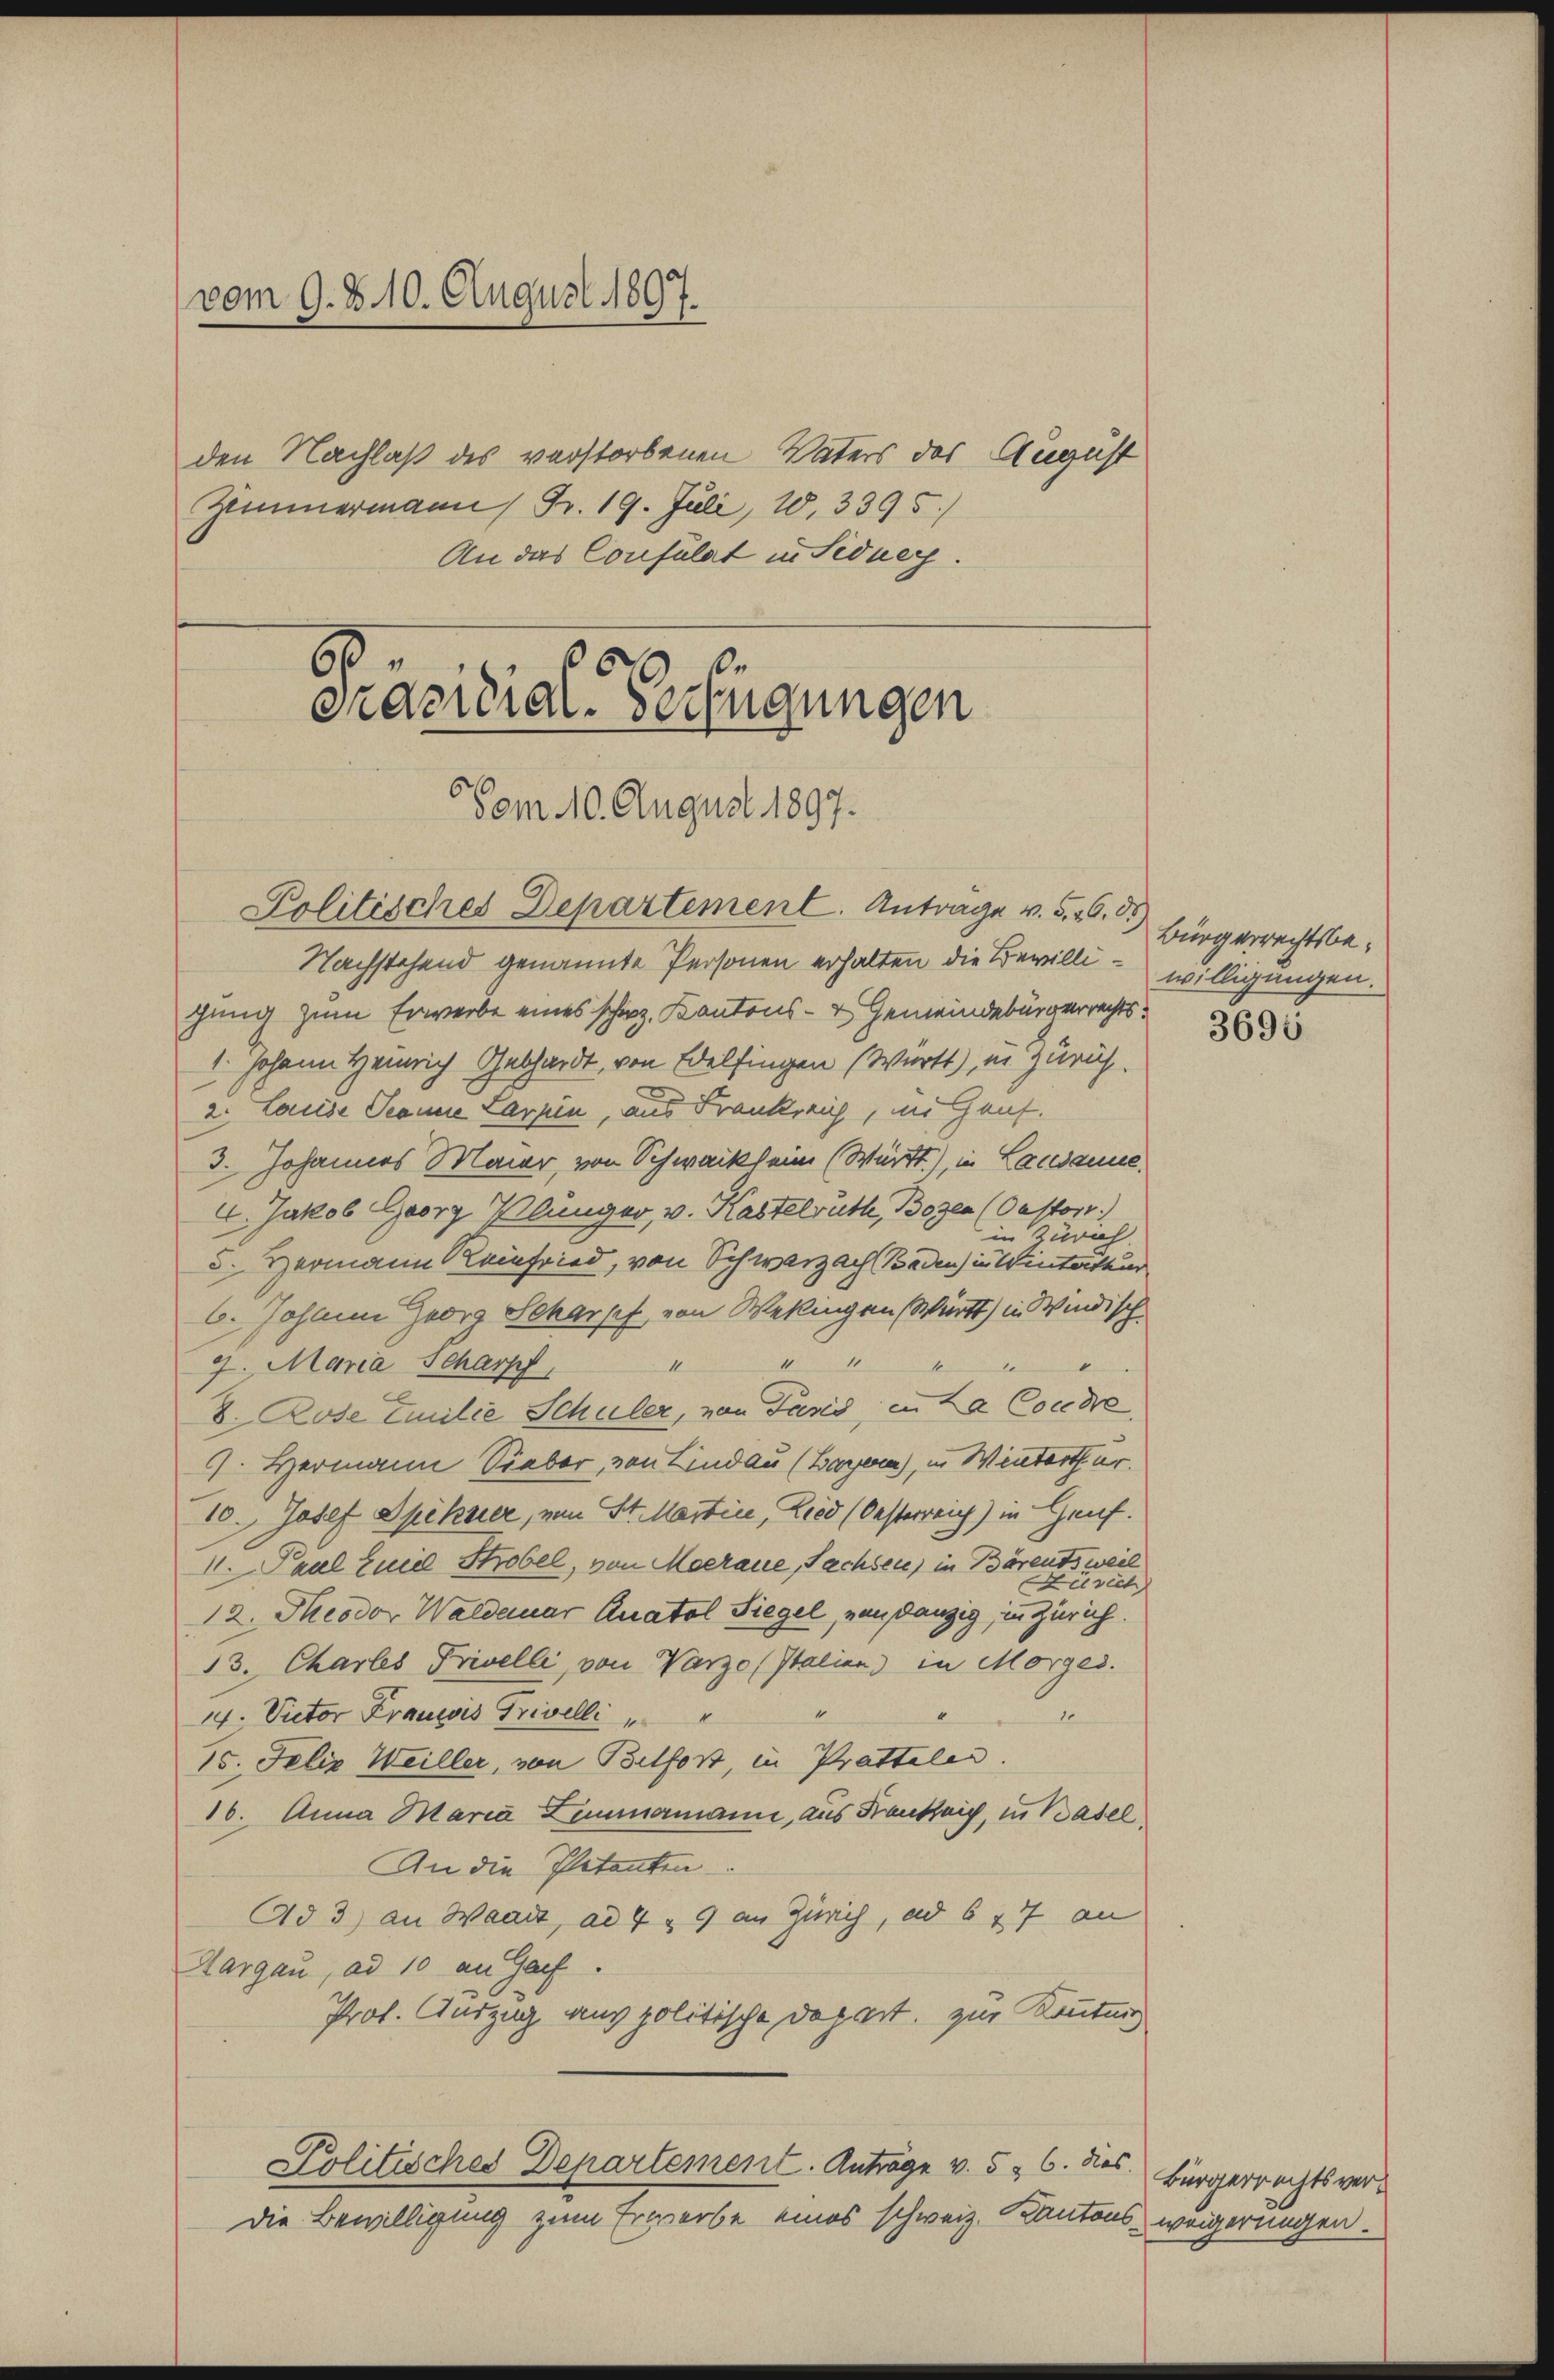
vom 9. d. 10. August 1897.

den Nachlaß des verstorbenen Vaters des August
Zimmermann Fr. 19. Juli, 10,3395/
An das Consulat in Sidney.

Präsidial-Verfügungen
Vom 10. August 1897.
Politisches Departement. Antrage v. 5. 26. d.

Nachstehend genannte Personen erhalten die Bewilligung zum Erwerbe eines schw. Kantons- & Gemeindebürgerrechts¬
1. Johann Heinrich Gebhardt, von Edelfingen (Wartt), in Zürich.
2. Louise Jeanne Larpin, aus Frankreich, in Hauf
3. Johannes Maier, von Schwacklein (Württ) in Lausanne
4. Jakob Georg Plünger, v. Kastelruthe, Bozen (OMMorr
in Zürich.
d. Hermann einfried, von Schwarzach Baden in Winterthur
6. Johann Georg Scharpf von Wekingen Württ) in Windisch
I1
7. Maria Scharpf
8. Rose Emilie Schüler, von Paris, in da Condre
9. Hermann Sieber, von Lindau (Bare), in Winterthur.
10. Josef Spekuer, von St. Martin, Lied (Oesterreich) in Genf.
M. Paul Eine Strobel, von Meeraue, Sachsen) in Bärentsweil
Levich
12. Theodor Waldenar Quatol Siegel, von Danzig, in Zürich.
13. Charles Privelli, von Varzo (Italien) in Morges.
10
14. Victor Franzis Trivelli
15. Felix Weiller, von Belfort, in Prattaler.
16. Anna Maria Zimmermann, aus Frankseig, in Basel
An die Petenten
Ad 3) an Waadt, ad 4 & 9 an Zürich, ad 6 47 an
Hargau, ad 10 an Garf.
Prof. Auszug aus politische Depart, zur Kenntnis
Politisches Departement. Anträge v. 5 & 6. dies
die Bewilligung zum Erwerbe eines schweiz. Kantons weigerungen.

Bürgerrechtsbewilligungen.

3695

Bürgerrechtsver¬